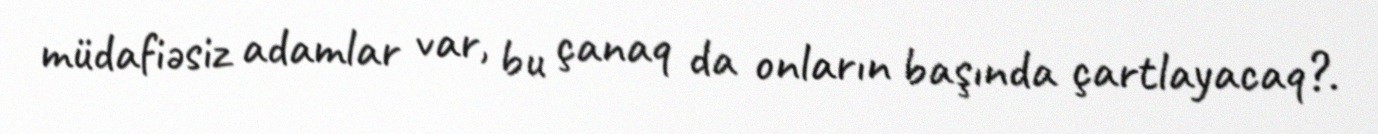
müdafiəsiz adamlar var, bu çanaq da onların başında çartlayacaq?.